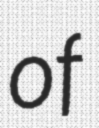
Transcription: of